Document type: Act of concord
Year: 1255
Scribe: Pere de Terme
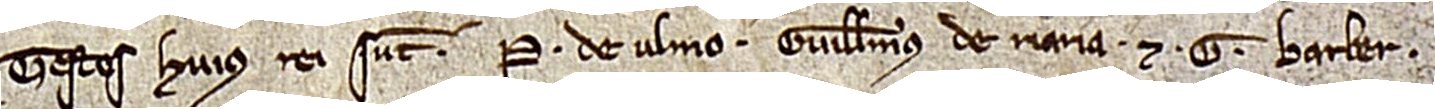
Testes huius rei sunt: P. de Ulmo, Guillelmus de Riaria et G. Barber.